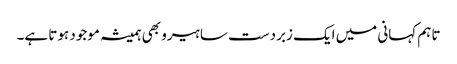
تاہم کہانی میں ایک زبردست سا ہیرو بھی ہمیشہ موجود ہوتا ہے۔